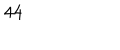
LaTeX: 4 4